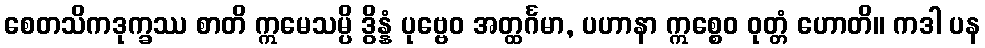
စေတသိကဒုက္ခဿ စာတိ ဣမေသမ္ပိ ဒွိန္နံ ပုဗ္ဗေဝ အတ္ထင်္ဂမာ, ပဟာနာ ဣစ္စေဝ ဝုတ္တံ ဟောတိ။ ကဒါ ပန